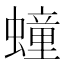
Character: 𧑆